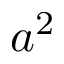
a ^ { 2 }